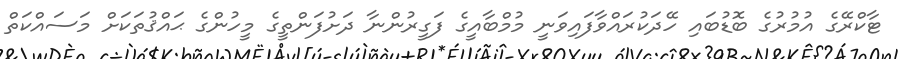
ޓާކްރޭގެ އުމުރުގެ ބޮޑުބައި ހޭދަކުރައްވާފައިވަނީ މުމްބާއީގެ ފަގީރުންނާ ދަށުފަންތީގެ މީހުންގެ ޙައްޤުތަކަށް މަސައްކަތް